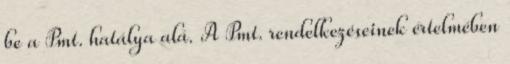
be a Pmt. hatálya alá. A Pmt. rendelkezéseinek értelmében